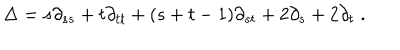
\Delta = s \partial _ { s s } + t \partial _ { t t } + ( s + t - 1 ) \partial _ { s t } + 2 \partial _ { s } + 2 \partial _ { t } \; .